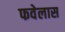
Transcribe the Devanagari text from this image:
फवेलास